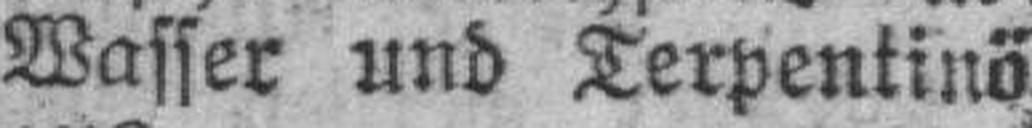
Wasser und Terpentinö